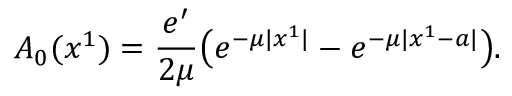
A _ { 0 } ( x ^ { 1 } ) = { \frac { e ^ { \prime } } { 2 \mu } } \big ( e ^ { - \mu | x ^ { 1 } | } - e ^ { - \mu | x ^ { 1 } - a | } \big ) .